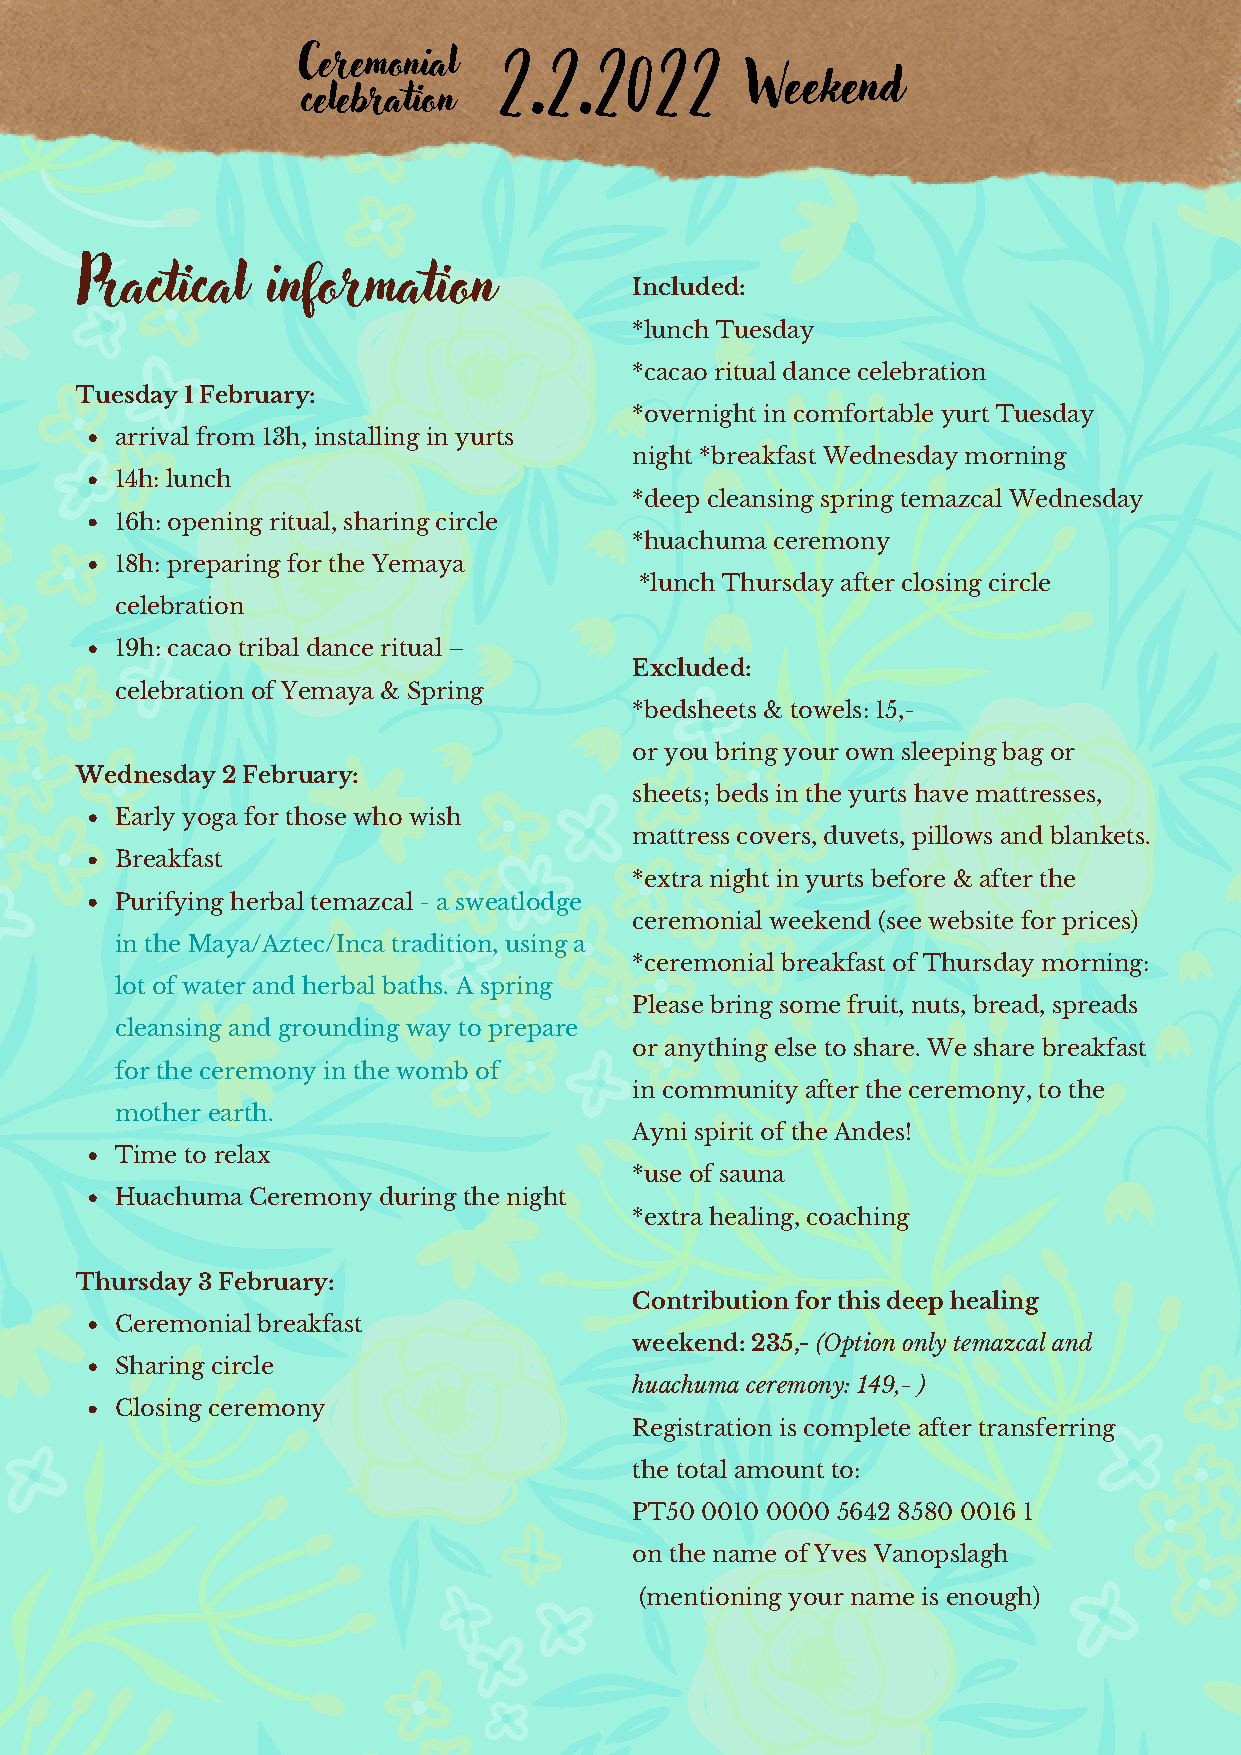
2.2.2022
 Ceremonial
 Weekend
 celebration
 Practical    information
 Included:
 *lunch Tuesday
 *cacao ritual dance celebration
 Tuesday 1 February:
 *overnight in comfortable yurt Tuesday
 arrival from 13h, installing in yurts
 night *breakfast Wednesday morning
 14h: lunch
 *deep cleansing spring temazcal Wednesday
 16h: opening ritual, sharing circle
 *huachuma ceremony
 18h: preparing for the Yemaya
 *lunch Thursday after closing circle
 celebration
 19h: cacao tribal dance ritual –
 Excluded:
 celebration of Yemaya & Spring
 *bedsheets & towels: 15,-
 or you bring your own sleeping bag or
 Wednesday 2 February:
 sheets; beds in the yurts have mattresses,
 Early yoga for those who wish
 mattress covers, duvets, pillows and blankets.
 Breakfast
 *extra night in yurts before & after the
 Purifying herbal temazcal - a sweatlodge
 ceremonial weekend (see website for prices)
 in the Maya/Aztec/Inca tradition, using a
 *ceremonial breakfast of Thursday morning:
 lot of water and herbal baths. A spring
 Please bring some fruit, nuts, bread, spreads
 cleansing and grounding way to prepare
 or anything else to share. We share breakfast
 for the ceremony in the womb of
 in community after the ceremony, to the
 mother earth.
 Ayni spirit of the Andes!
 Time to relax
 *use of sauna
 Huachuma Ceremony during the night
 *extra healing, coaching
 Thursday 3 February:
 Contribution for this deep healing
 Ceremonial breakfast
 weekend: 235,- (Option only temazcal and
 Sharing circle
 huachuma ceremony: 149,- )
 Closing ceremony
 Registration is complete after transferring
 the total amount to:
 PT50 0010 0000 5642 8580 0016 1
 on the name of Yves Vanopslagh
 (mentioning your name is enough)